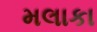
મલાકા